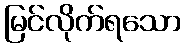
မြင်လိုက်ရသော